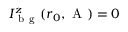
I _ { \mathrm { ~ b ~ g ~ } } ^ { z } ( \boldsymbol { r } _ { 0 } , \mathrm { ~ A ~ } ) = 0